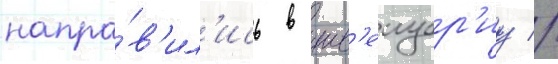
напра́в'ил'ись в шв'еицар'иу //